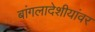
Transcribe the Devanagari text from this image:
बांगलादेशीयांवर